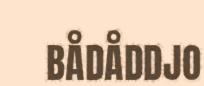
BÅDÅDDJO